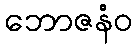
ဘောဇနံဝ